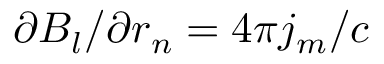
\partial B _ { l } / \partial r _ { n } = 4 \pi j _ { m } / c